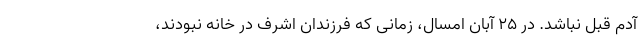
آدم قبل نباشد. در 25 آبان امسال، زمانی که فرزندان اشرف در خانه نبودند،